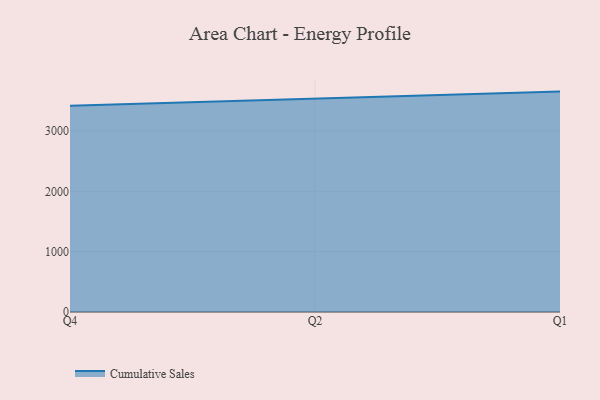
{"axis": {"x": "Quarter", "y": "Churn Rate (%)"}, "legend": ["Cumulative Sales"], "data": [{"x": "Q4", "y": 3417.3, "type": "Cumulative Sales"}, {"x": "Q2", "y": 3539.6, "type": "Cumulative Sales"}, {"x": "Q1", "y": 3652.1, "type": "Cumulative Sales"}]}